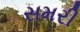
સમરી